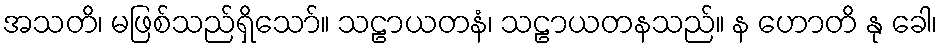
အသတိ၊ မဖြစ်သည်ရှိသော်။ သဠာယတနံ၊ သဠာယတနသည်။ န ဟောတိ နု ခေါ၊